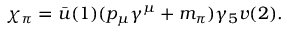
\chi _ { \pi } = \bar { u } ( 1 ) ( p _ { \mu } \gamma ^ { \mu } + m _ { \pi } ) \gamma _ { 5 } v ( 2 ) .